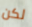
لكن